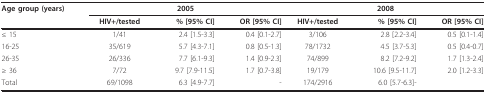
| Age group (years) | <COLSPAN=3> 2005 | <COLSPAN=3> 2008 |
 |  | HIV+/tested | % [95% CI] | OR [95% CI] | HIV+/tested | % [95% CI] | OR [95% CI] |
 | --- | --- | --- | --- | --- | --- | --- |
 | ≤ 15 | 1/41 | 2.4 [1.5-3.3] | 0.4 [0.1-2.7] | 3/106 | 2.8 [2.2-3.4] | 0.5 [0.1-1.4] |
 | 16-25 | 35/619 | 5.7 [4.3-7.1] | 0.8 [0.5-1.3] | 78/1732 | 4.5 [3.7-5.3] | 0.5 [0.4-0.7] |
 | 26-35 | 26/336 | 7.7 [6.1-9.3] | 1.4 [0.9-2.3] | 74/899 | 8.2 [7.2-9.2] | 1.7 [1.3-2.4] |
 | ≥ 36 | 7/72 | 9.7 [7.9-11.5] | 1.7 [0.7-3.8] | 19/179 | 10.6 [9.5-11.7] | 2.0 [1.2-3.3] |
 | Total | 69/1098 | 6.3 [4.9-7.7] | - | 174/2916 | 6.0 [5.7-6.3]- |  |